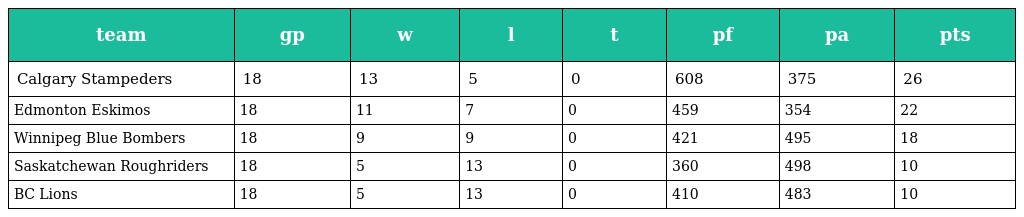
| team | gp | w | l | t | pf | pa | pts |
 | --- | --- | --- | --- | --- | --- | --- | --- |
 | Calgary Stampeders | 18 | 13 | 5 | 0 | 608 | 375 | 26 |
 | Edmonton Eskimos | 18 | 11 | 7 | 0 | 459 | 354 | 22 |
 | Winnipeg Blue Bombers | 18 | 9 | 9 | 0 | 421 | 495 | 18 |
 | Saskatchewan Roughriders | 18 | 5 | 13 | 0 | 360 | 498 | 10 |
 | BC Lions | 18 | 5 | 13 | 0 | 410 | 483 | 10 |